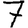
Digit: 7